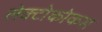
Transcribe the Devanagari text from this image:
लेक्टोकोकस